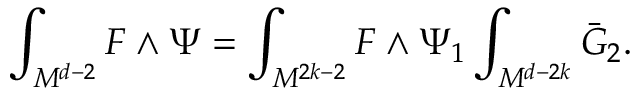
\int _ { M ^ { d - 2 } } F \wedge \Psi = \int _ { M ^ { 2 k - 2 } } F \wedge \Psi _ { 1 } \int _ { M ^ { d - 2 k } } \bar { G } _ { 2 } .